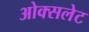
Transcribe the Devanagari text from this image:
ओक्सलेट